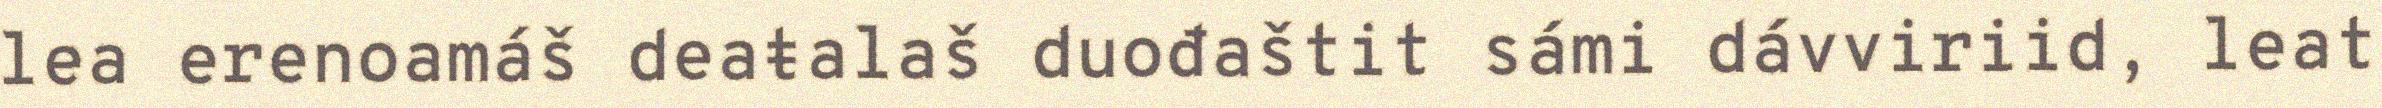
lea erenoamáš deaŧalaš duođaštit sámi dávviriid, leat